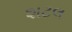
શટલ